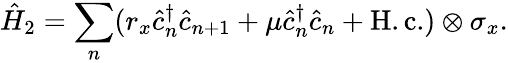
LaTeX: \hat{H}_{2}=\sum_{n}(r_{x}\hat{c}_{n}^{\dagger}\hat{c}_{n+1}+\mu\hat{c}_{n}^{\dagger}\hat{c}_{n}+\mathrm{H.c.})\otimes\sigma_{x}.